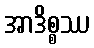
အာဒိစ္စဿ